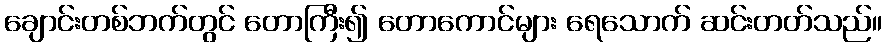
ချောင်းတစ်ဘက်တွင် တောကြီး၍ တောကောင်များ ရေသောက် ဆင်းတတ်သည်။